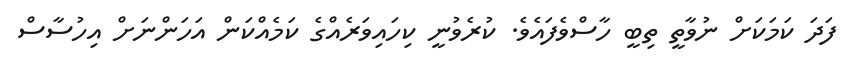
ފަދަ ކަމަކަށް ނުވާތީ ތިބީ ހާސްވެފައެވެ. ކުރެވުނީ ކިހައިވަރެއްގެ ކަމެއްކަން އަހަންނަށް އިހުސާސް